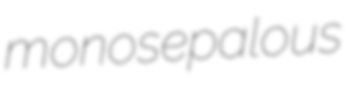
monosepalous